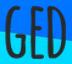
GED